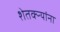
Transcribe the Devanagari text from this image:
शेतक्ऱ्यांना